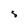
Character: 5